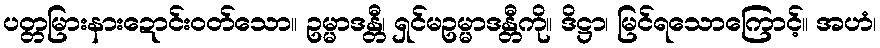
ပတ္တမြားနားဍောင်းဝတ်သော။ ဥမ္မာဒန္တီ၊ ရှင်မဥမ္မာဒန္တီကို။ ဒိဋ္ဌာ၊ မြင်ရသောကြောင့်။ အဟံ၊